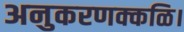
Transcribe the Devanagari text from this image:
अनुकरणक्कळि।